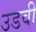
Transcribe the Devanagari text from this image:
उडवी